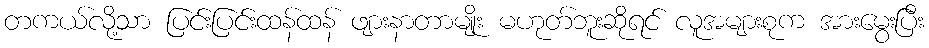
တကယ်လို့သာ ပြင်းပြင်းထန်ထန် ဖျားနာတာမျိုး မဟုတ်ဘူးဆိုရင် လူအများစုက အားမွေးပြီး